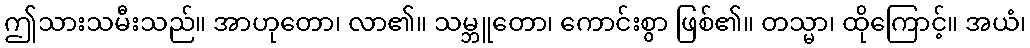
ဤသားသမီးသည်။ အာဟုတော၊ လာ၏။ သမ္ဘူတော၊ ကောင်းစွာ ဖြစ်၏။ တသ္မာ၊ ထိုကြောင့်။ အယံ၊